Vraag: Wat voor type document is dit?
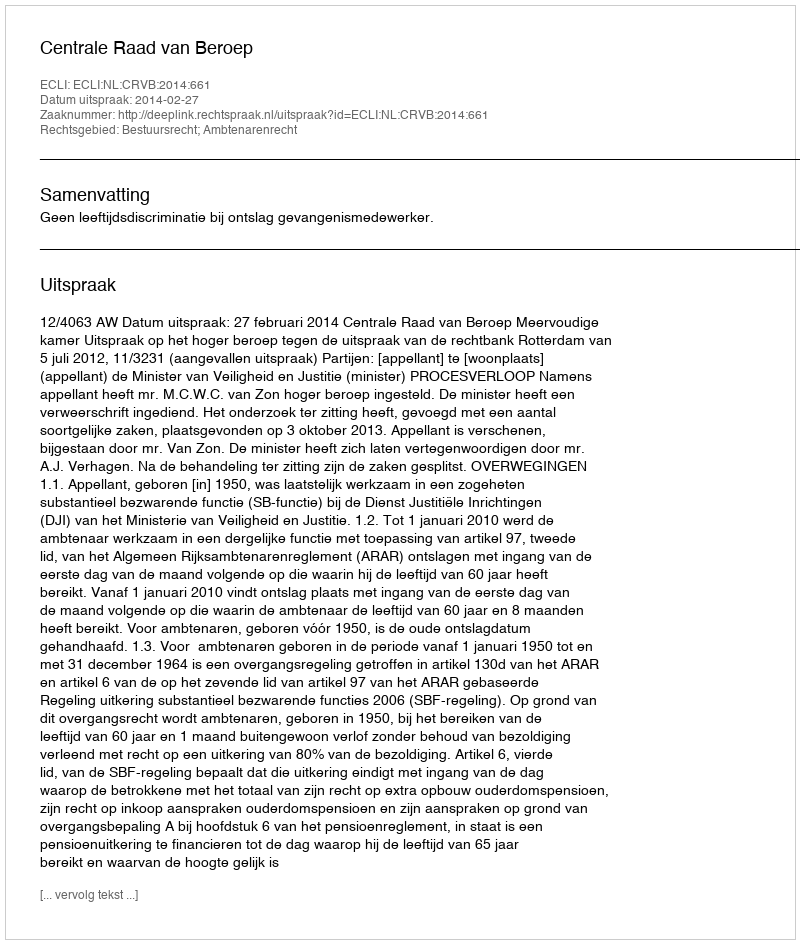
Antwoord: Uitspraak